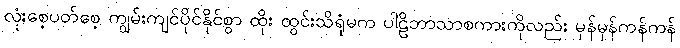
လုံးစေ့ပတ်စေ့ ကျွမ်းကျင်ပိုင်နိုင်စွာ ထိုး ထွင်းသိရုံမက ပါဠိဘာသာစကားကိုလည်း မှန်မှန်ကန်ကန်